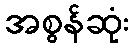
အစွန်ဆုံး